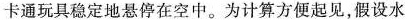
卡通玩具稳定地悬停在空中。为计算方便起见，假设水